Civil Veterinary Dept. Bombay admin report 1914-1922 - 1914-1922
Year: 1914
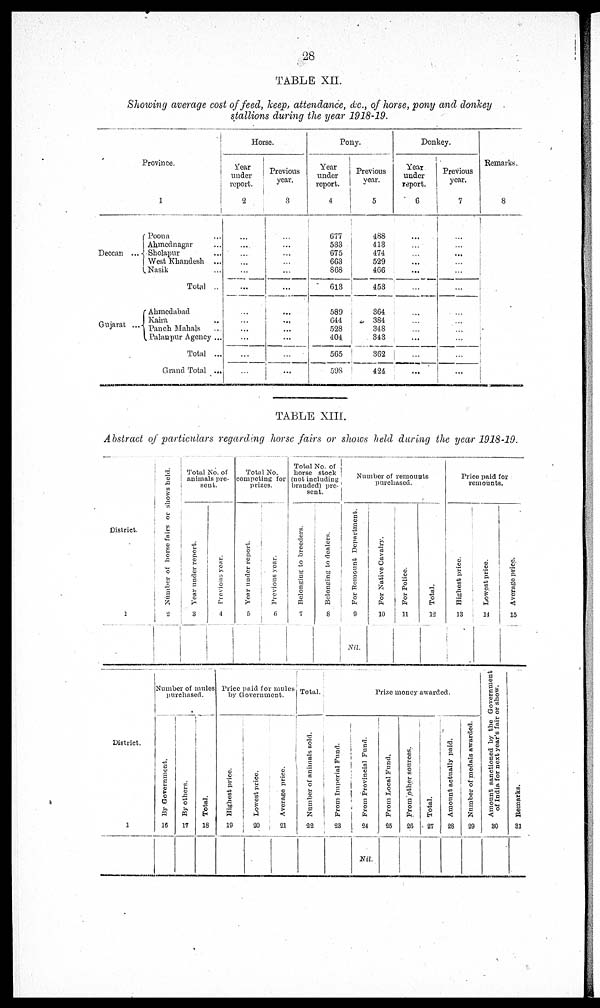
28
TABLE XII.
Showing average cost of feed, keep, attendance, &c., of horse, pony and donkey
stallions during the year 1918-19.
Province
1
Deccan ...
Gujarat …
Poona …
Ahmednagar …
Sholapur …
West Khandesh ...
Nasik …
Total …
Ahmedabad
Kaira …
Panch Mahals …
Palanpur Agency ...
Total ...
Grand Total ...
Horse.
Year
under
report.
2
...
....
...
...
...
...
...
...
...
...
...
...
Previous
year.
3
...
...
...
...
...
…
...
…
...
...
...
...
Pony.
Year
under
report.
4
677
533
675
663
868
613
589
644
528
404
565
598
Previous
year.
5
488
413
474
529
466
453
364
384
348
343
362
424
Donkey.
Year
under
report.
6
...
...
...
...
...
...
...
...
...
...
...
...
Previous
year.
7
...
...
...
...
...
...
...
...
...
...
...
...
Remarks
8
TABLE XIII.
Abstract of particulars regarding horse fairs or shows held during the year 1918-19.
District.
1
Number of horse fairs or shows held.
2
Total No. of
animals pre-
sent.
Year under report.
3
Previons year.
4
Total No.
competing for
prizes.
Year
under report.
5
Previous year.
6
Total No. of
horse stock
(not including
branded) pre-
sent.
Belonging
to breeders.
7
Belonging to dealers.
8
Number of remounts
purchased.
For Remount Department.
9
Nil.
For Native Cavalry.
10
For Police.
11
Total.
12
Price paid for
remounts.
Highest price.
13
Lowest price.
14
Average price.
15
District.
1
Number of mules
purchased.
By Government.
16
By others.
17
Total.
18
Price paid for mules
by Government.
Highest price.
19
Lowest price.
20
Average price.
21
Total.
Number of animals sold.
22
Prize money awarded.
From Imperial Fund.
23
From Provincial Fund.
24
Nil.
From Local Fund,
25
From other sources.
26
Total.
27
Amount actually paid.
28
Number of medals awarded.
29
Amount sanctioned by the Government
of India for next year's fair or show.
30
Remarks.
31